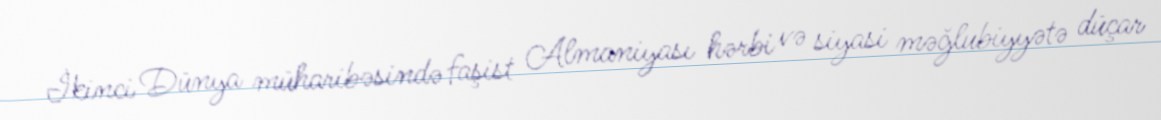
İkinci Dünya müharibəsində faşist Almaniyası hərbi və siyasi məğlubiyyətə düçar